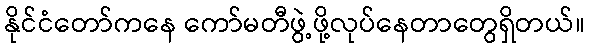
နိုင်ငံတော်ကနေ ကော်မတီဖွဲ့ဖို့လုပ်နေတာတွေရှိတယ်။